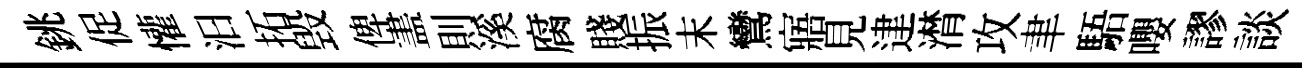
銚促懽汩拓毁俾𥁞則溪腐賤振末鸞寤見䢖潸攻聿䮏嚶謬談